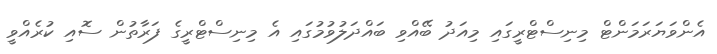
އެންވަޔަރަމަންޓް މިނިސްޓްރީގައި މިއަދު ބޭއްވި ބައްދަލުވުމުގައި އެ މިނިސްޓްރީގެ ފަރާތުން ސޮއި ކުރެއްވީ